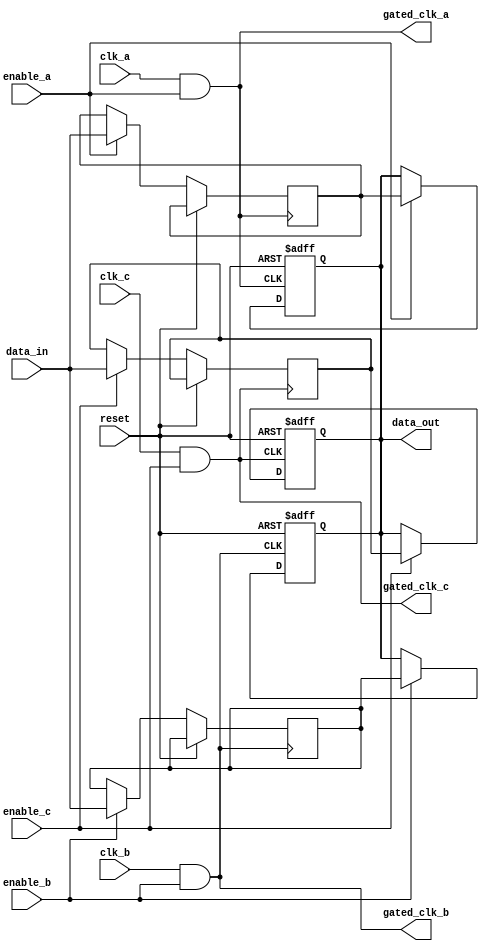
module MemoryBlockClockGating (
    input wire clk_a,                // Clock domain A
    input wire clk_b,                // Clock domain B
    input wire clk_c,                // Clock domain C
    input wire enable_a,             // Enable signal for clock domain A
    input wire enable_b,             // Enable signal for clock domain B
    input wire enable_c,             // Enable signal for clock domain C
    input wire reset,                // Reset signal
    input wire [7:0] data_in,        // Data input for memory
    output reg [7:0] data_out,       // Data output from memory
    output wire gated_clk_a,         // Gated clock for domain A
    output wire gated_clk_b,         // Gated clock for domain B
    output wire gated_clk_c          // Gated clock for domain C
);

// Clock Gating Logic
assign gated_clk_a = clk_a & enable_a;
assign gated_clk_b = clk_b & enable_b;
assign gated_clk_c = clk_c & enable_c;

// Memory Block for Clock Domain A
reg [7:0] mem_a [0:15];            // Memory array for domain A

always @(posedge gated_clk_a or posedge reset) begin
    if (reset) begin
        data_out <= 8'b0;
    end else begin
        // Memory operations for domain A (write/read)
        // Assuming a simple write operation controlled by enable signal
        if (enable_a) begin
            mem_a[0] <= data_in; // Example: Write data to the first location
            data_out <= mem_a[0]; // Example: Read data from the first location
        end
    end
end

// Memory Block for Clock Domain B
reg [7:0] mem_b [0:15];            // Memory array for domain B

always @(posedge gated_clk_b or posedge reset) begin
    if (reset) begin
        data_out <= 8'b0;
    end else begin
        // Memory operations for domain B
        if (enable_b) begin
            mem_b[0] <= data_in; // Example: Write data to the first location
            data_out <= mem_b[0]; // Example: Read data from the first location
        end
    end
end

// Memory Block for Clock Domain C
reg [7:0] mem_c [0:15];            // Memory array for domain C

always @(posedge gated_clk_c or posedge reset) begin
    if (reset) begin
        data_out <= 8'b0;
    end else begin
        // Memory operations for domain C
        if (enable_c) begin
            mem_c[0] <= data_in; // Example: Write data to first location
            data_out <= mem_c[0]; // Example: Read data from first location
        end
    end
end

endmodule